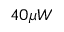
4 0 \mu W